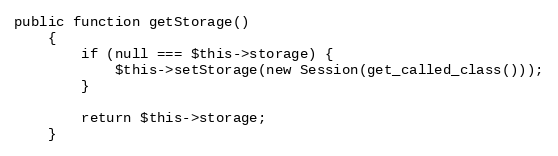
Language: PHP
public function getStorage()
    {
        if (null === $this->storage) {
            $this->setStorage(new Session(get_called_class()));
        }

        return $this->storage;
    }